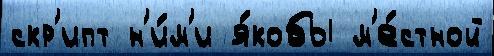
скр'ипт н'и́м'и я́кобы м'е́стной